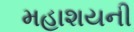
મહાશયની